Problem: 5 + 30 = ?
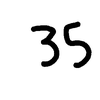
Handwritten answer: 35